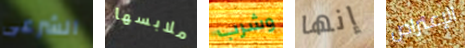
الشرعى ملابسها وشرب إنها الإعتراض